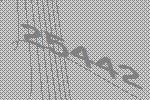
25442